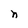
Character: n